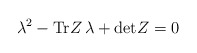
\begin{align*}\lambda^2 - \mbox{Tr} Z \, \lambda +\mbox{det}Z =0 \end{align*}